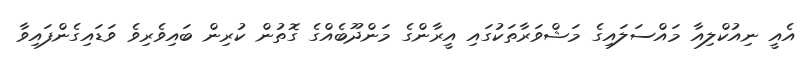
އެއީ ނިއުކްލިއާ މައްސަލައިގެ މަޝްވަރާތަކުގައި އީރާންގެ މަންދޫބެއްގެ ގޮތުން ކުރިން ބައިވެރިވެ ވަޑައިގެންފައިވާ